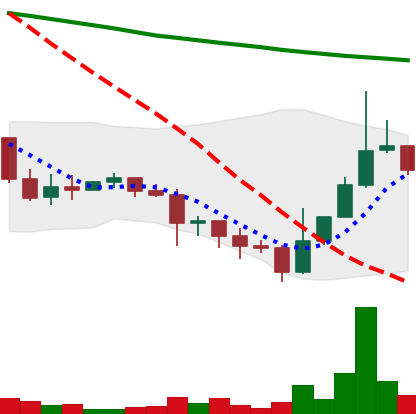
Ticker: DOGE-USD
Chart end date: 2022-01-16
Forward return: -19.493%
Label: down_7plus